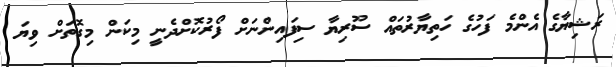
ރަޝިޔާގެ އެންމެ ފަހުގެ ހަތިޔާރުތައް ސޫރިޔާ ސިފައިންނަށް ފޯރުކޮށްދެނީ މިކަން މިގޮތަށް ވިޔަ